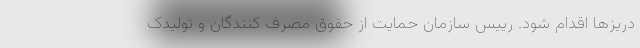
دریزها اقدام شود. رییس سازمان حمایت از حقوق مصرف کنندگان و تولیدک